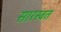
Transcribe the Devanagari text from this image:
सारस्बत